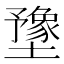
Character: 𫮻